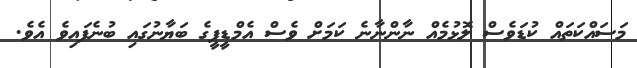
މަސައްކަތައް ކުޑަވެސް ލޮޅުމެއް ނާންނާނެ ކަމަށް ވެސް އެމްޑީޕީގެ ބަޔާނުގައި ބުނެފައިވެ އެވެ.